Enquiry on enteric fever in India - Number 32
Disease focus: Fever
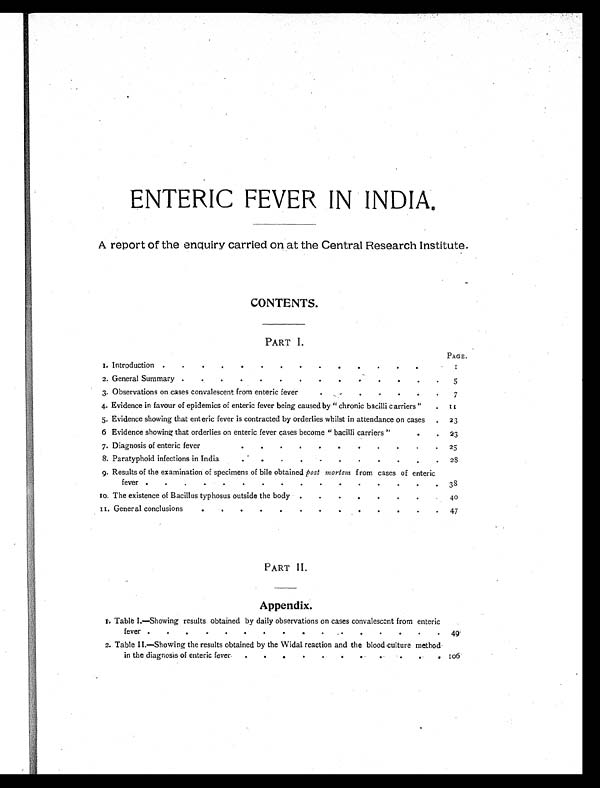
ENTERIC FEVER IN INDIA.
A report of the enquiry carried on at the Central Research Institute.
CONTENTS .
PART I.
PAGE.
1. Introduction .
. . , . . . . . . . . .
1
2. General Summary .
.
.
.
.
.
.
.
.
. .
5
3. Observations on cases convalescent from enteric fever
.
.
.
.
.
.
7
4. Evidence in favour of epidemics of enteric fever being caused by "chronic bacilli carriers"
. 1 1
5. Evidence showing that enteric fever is contracted by orderlies whilst in attendance on cases
. 23
6. Evidence showing that orderlies on enteric fever cases become "bacilli carriers"
.
. 23
7. Diagnosis of enteric fever
.
.
.
.
.
.
.
.
.
.
.
25
8. Paratyphoid infections in India
.
.
.
.
.
.
.
.
.
2 8
9. Results of the examination of specimens of bile obtained post mortem from cases of enteric
fever .
.
.
38
10. The existence of Bacillus typhosus outside the body .
.
.
4 0
11. General conclusions
.
.
.
.
. .
'
.
.
.
.
.
47
PART II.
Appendix.
1. Table I.—Showing results obtained by daily observations on cases convalescent from enteric
fever
49
2. Table II.—Showing the results obtained by the Widal reaction and the blood culture method
in the diagnosis of enteric fever.
.
.
.
.
. .
.
.
.
1 0 6